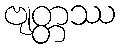
ဗျတ္တဿ